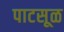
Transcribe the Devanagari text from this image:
पाटसूळ